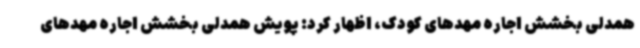
همدلی بخشش اجاره مهدهای کودک، اظهار کرد: پویش همدلی بخشش اجاره مهدهای